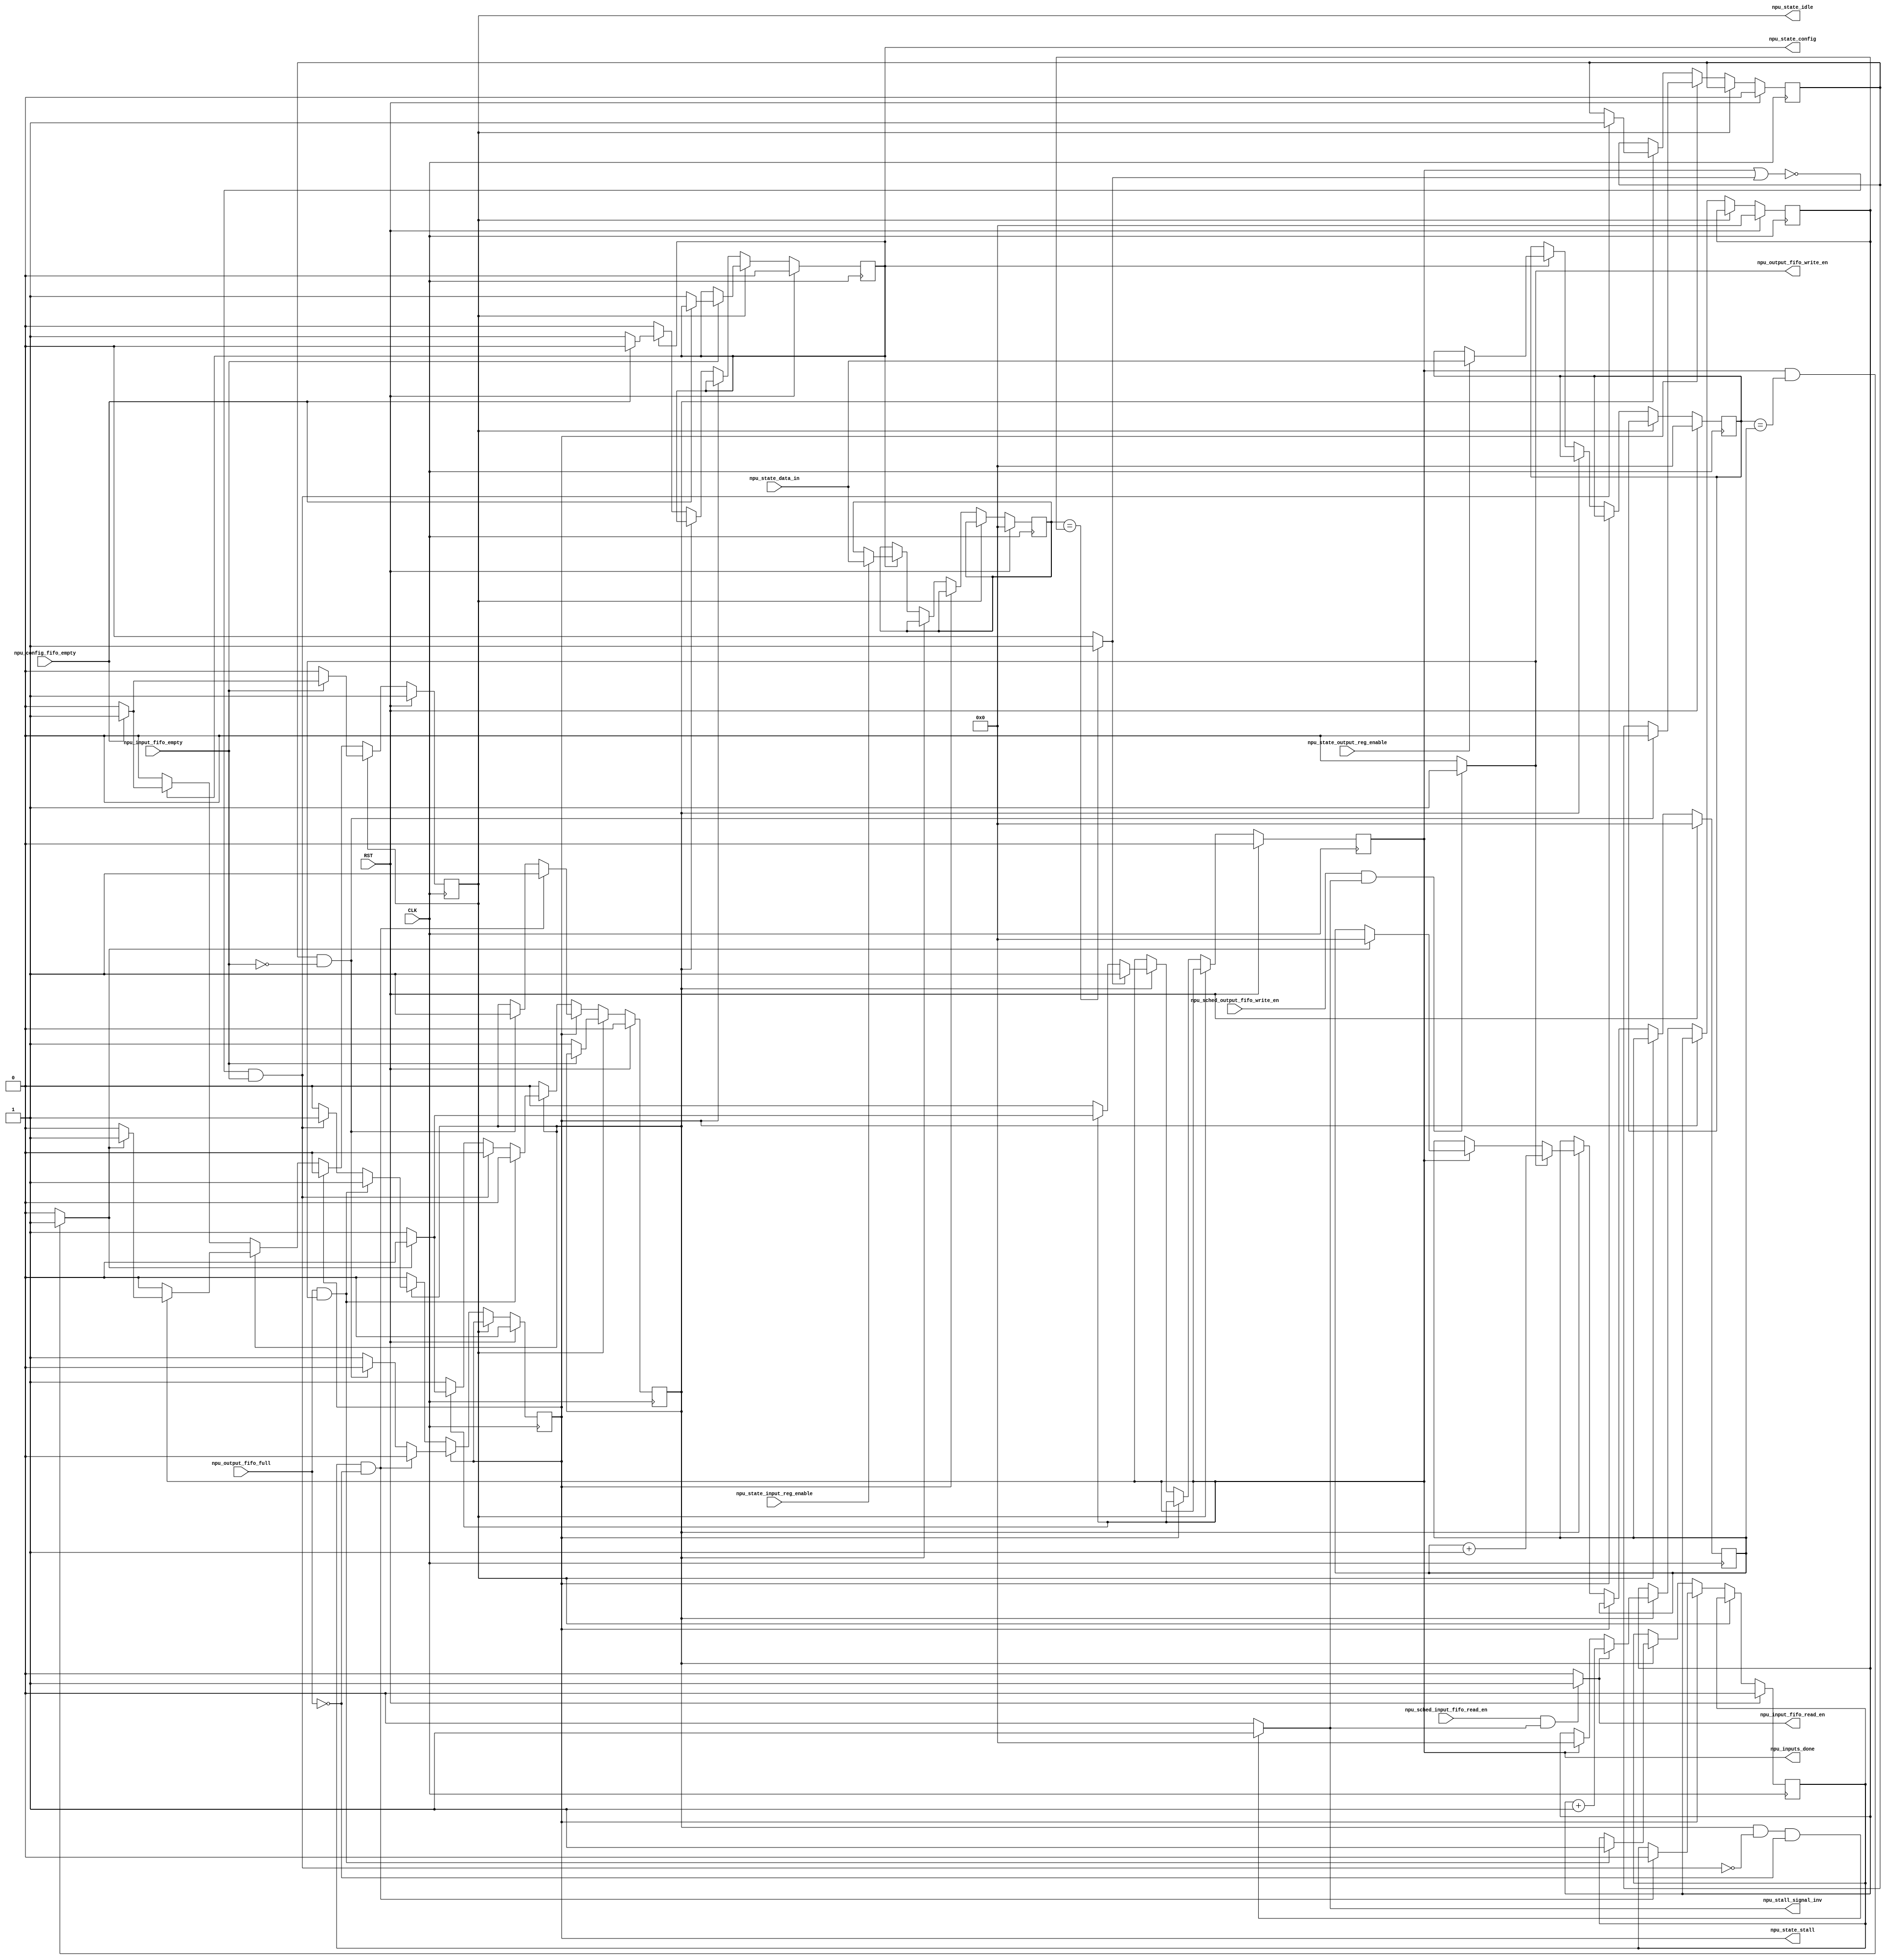
`timescale 1ns / 1ps
//////////////////////////////////////////////////////////////////////////////////
// Company: 
// Engineer: 
// 
// Design Name: 
// Module Name:    npu_state_machine 
// Project Name: 
// Target Devices: 
// Tool versions: 
// Description: 
//
// Dependencies: 
//
// Revision: 
// Revision 0.01 - File Created
// Additional Comments: 
//
//////////////////////////////////////////////////////////////////////////////////
module npu_state_machine(
    input CLK,
    input RST,
    input [15:0] npu_state_data_in,  // NPU data in to get input and output count values
    input npu_state_output_reg_enable,
    input npu_state_input_reg_enable,
    input npu_config_fifo_empty,  // Config FIFO Empty signal
	 input npu_input_fifo_empty,
	 input npu_sched_input_fifo_read_en,
    input npu_output_fifo_full,
	 input npu_sched_output_fifo_write_en,
	 output wire npu_input_fifo_read_en,
	 output wire npu_output_fifo_write_en,
	 output reg npu_state_idle,
    output reg npu_state_stall,
    output wire npu_stall_signal_inv,
    output reg npu_state_config,
	 output reg npu_inputs_done
    );

reg [15:0] npu_input_cnt;
reg [15:0] npu_input_cnt_cur;
reg [15:0] npu_output_cnt;
reg [15:0] npu_output_cnt_cur;
reg npu_input_stall;
reg npu_output_stall;
reg npu_state_compute;

wire npu_input_cnt_equals;
wire npu_outputs_done;

assign npu_stall_signal_inv = (npu_state_compute && ~(~(npu_inputs_done || npu_input_cnt_equals) && npu_input_fifo_empty) && 
											(~npu_output_fifo_full)) ? 1 : 0;

assign npu_input_cnt_equals = (npu_input_cnt == npu_input_cnt_cur) ? 1 : 0;
assign npu_outputs_done = (npu_inputs_done && (npu_output_cnt == npu_output_cnt_cur)) ? 1 : 0;

assign npu_input_fifo_read_en = (npu_sched_input_fifo_read_en && npu_stall_signal_inv) ? 1 : 0;
assign npu_output_fifo_write_en = (npu_sched_output_fifo_write_en && npu_stall_signal_inv) ? 1 : 0;

always @(posedge CLK) begin
  if (RST) begin
    npu_state_idle <= 1;
	 npu_state_stall <= 0;
	 npu_state_compute <= 0;
	 npu_state_config <= 0;
	 npu_output_cnt <= 0;
	 npu_output_cnt_cur <= 0;
	 npu_input_stall <= 0;
    npu_output_stall <= 0;
	 npu_input_cnt <= 0;
	 npu_input_cnt_cur <= 0;
	 npu_inputs_done <= 0;
  end // RST
  
  else begin // ~RST
    if (npu_state_idle) begin
		if (~npu_input_fifo_empty) begin // From idle state, compute state takes predence and not config state
		  npu_state_idle <= 0;
		  npu_state_compute <= 1;
		end // ~npu_input_fifo_empty
		else if (~npu_config_fifo_empty) begin
		  npu_state_idle <= 0;
		  npu_state_config <= 1;
		end // ~npu_config_fifo_empty
		else begin
		// Nothing to do really
		end
	 end // npu_state_idle
	 
	 else if (npu_state_stall) begin
	   if (npu_input_stall && ~npu_input_fifo_empty) begin // Input caused stall resolved
		  npu_state_stall <= 0;
		  npu_state_compute <= 1;
		  npu_input_stall <= 0;
		end // Input caused stall resolved
		if (npu_output_stall && ~npu_output_fifo_full) begin // Output caused stall resolved
		  npu_state_stall <= 0;
		  npu_state_compute <= 1;
		  npu_output_stall <= 0;
		end // Output caused stall resolved
	 end // npu_state_stall
	 
	 else if (npu_state_compute) begin
	   
		if (npu_inputs_done) begin
	     npu_input_cnt_cur <= 0;
		  if (npu_outputs_done) begin // Cannot be true until npu_inputs_done is true too
		    npu_state_idle <= 1;
		    npu_state_compute <= 0;
		    npu_output_cnt_cur <= 0;
		    npu_inputs_done <= 0;
		  end // npu_outputs_done
	   end // npu_inputs_done
		
		if (npu_input_fifo_read_en) begin
		  npu_input_cnt_cur <= npu_input_cnt_cur + 1;
      end // npu_input_fifo_read_en
		if (npu_output_fifo_write_en) begin
		  npu_output_cnt_cur <= npu_output_cnt_cur + 1;
      end // npu_output_fifo_write_en
		
	   if (npu_input_cnt_equals) begin
		  npu_inputs_done <= 1;
		end // input_cnt_equals 
		
		if (~(npu_inputs_done || npu_input_cnt_equals) && npu_input_fifo_empty) begin // Input caused stall
		  npu_state_stall <= 1;
		  npu_state_compute <= 0;
		  npu_input_stall <= 1;
		end // Input caused stall
		
		if (npu_output_fifo_full && npu_output_fifo_write_en) begin // Output caused stall
		  npu_state_stall <= 1;
		  npu_state_compute <= 0;
		  npu_output_stall <= 1;
		end // Output caused stall
		
	 end // npu_state_compute
	 
	 else if (npu_state_config) begin  
	   if (npu_config_fifo_empty) begin
		  npu_state_config <= 0;
		  npu_state_idle <= 1;
		end // npu_config_fifo_empty
		if (npu_state_output_reg_enable) begin
		  npu_output_cnt <= npu_state_data_in;
		end // npu_state_output_reg_enable
		if (npu_state_input_reg_enable) begin
		  npu_input_cnt <= npu_state_data_in;
		end // npu_state_input_reg_enable
	 end //npu_state_config
	 
  end // ~RST	 
end // always
endmodule